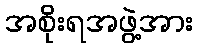
အစိုးရအဖွဲ့အား